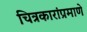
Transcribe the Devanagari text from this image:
चित्रकारांप्रमाणे